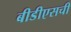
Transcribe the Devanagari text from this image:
बीडीएसची